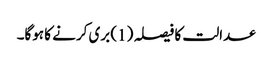
عدالت کا فیصلہ (1) بری کرنے کا ہوگا۔